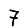
Digit: 7